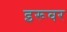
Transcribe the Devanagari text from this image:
इरूवर